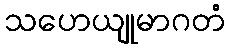
သဟေယျုမာဂတံ